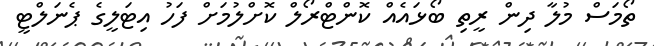
ތޯމަސް މުލާ ދިން ރީތި ބޯޅައެއް ކޮންޓްރޯލް ކޮށްލުމަށް ފަހު އިޓަލީގެ ޕެނަލްޓީ